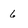
Character: 6